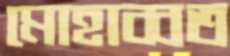
মোহাব্বত